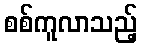
စစ်ကူလာသည့်